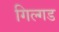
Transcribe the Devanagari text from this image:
गिल्गड